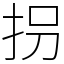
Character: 拐